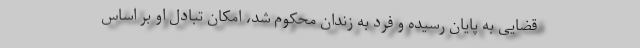
قضایی به پایان رسیده و فرد به زندان محکوم شد، امکان تبادل او بر اساس